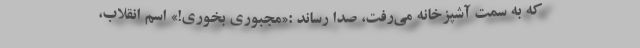
که به سمت آشپزخانه می‌رفت، صدا رساند :«مجبوری بخوری!» اسم انقلاب،